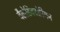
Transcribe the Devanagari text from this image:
वैलेडिक्टोरियन